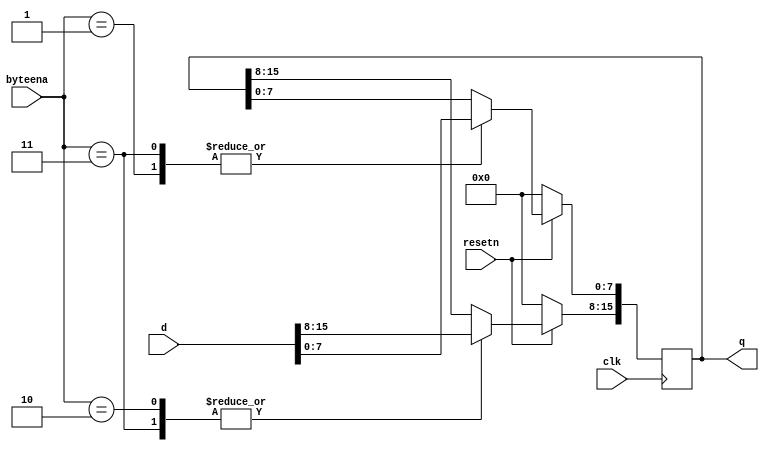
module top_module (
    input clk,
    input resetn,
    input [1:0] byteena,
    input [15:0] d,
    output [15:0] q
);
	always @ (posedge clk) begin
        //this is an active high  synchronous reset
        if (resetn==1'b0) q<= 1'b0;
        else begin
            case(byteena)
				2'b00: q       <= q;
                2'b01: q[7:0]  <= d[7:0];
                2'b10: q[15:8] <= d[15:8];
                2'b11: q       <= d;
            endcase
        end
    end	
endmodule